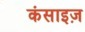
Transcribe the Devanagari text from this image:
कंसाइज़